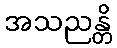
အသညန္တိ